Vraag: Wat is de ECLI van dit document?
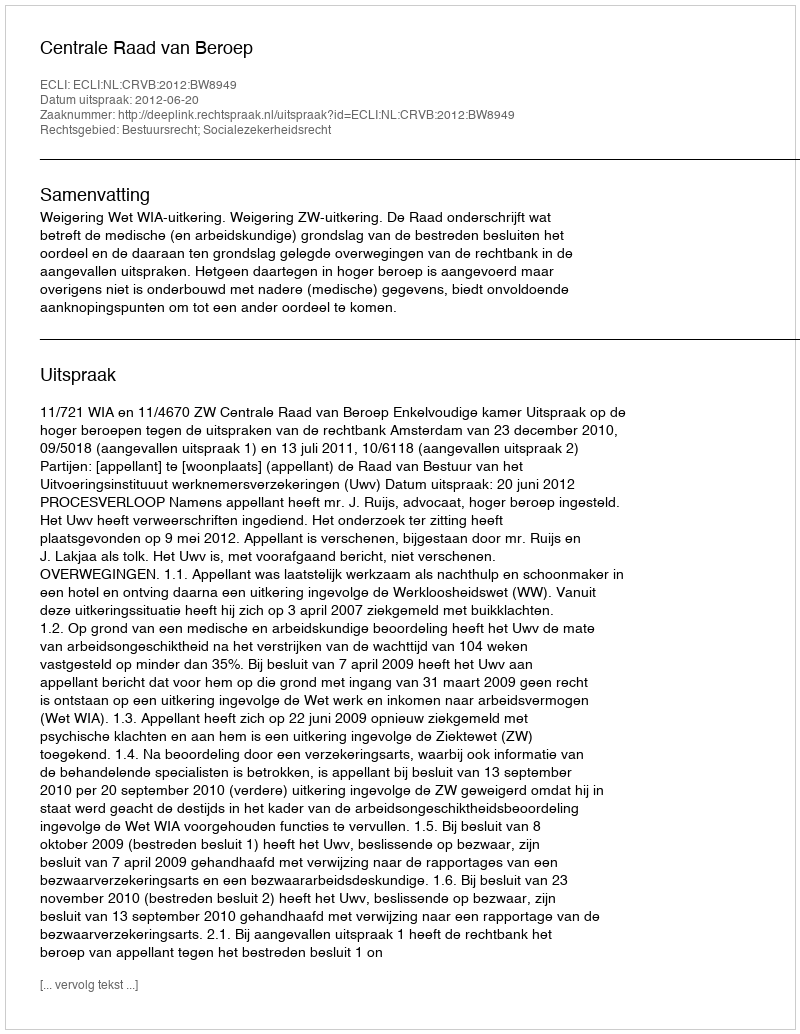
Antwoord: ECLI:NL:CRVB:2012:BW8949